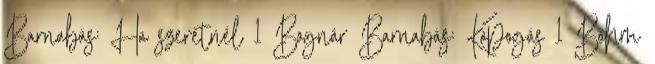
Barnabás: Ha szeretnél 1 Bognár Barnabás: Kopogás 1 Bőhm